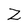
Character: Z